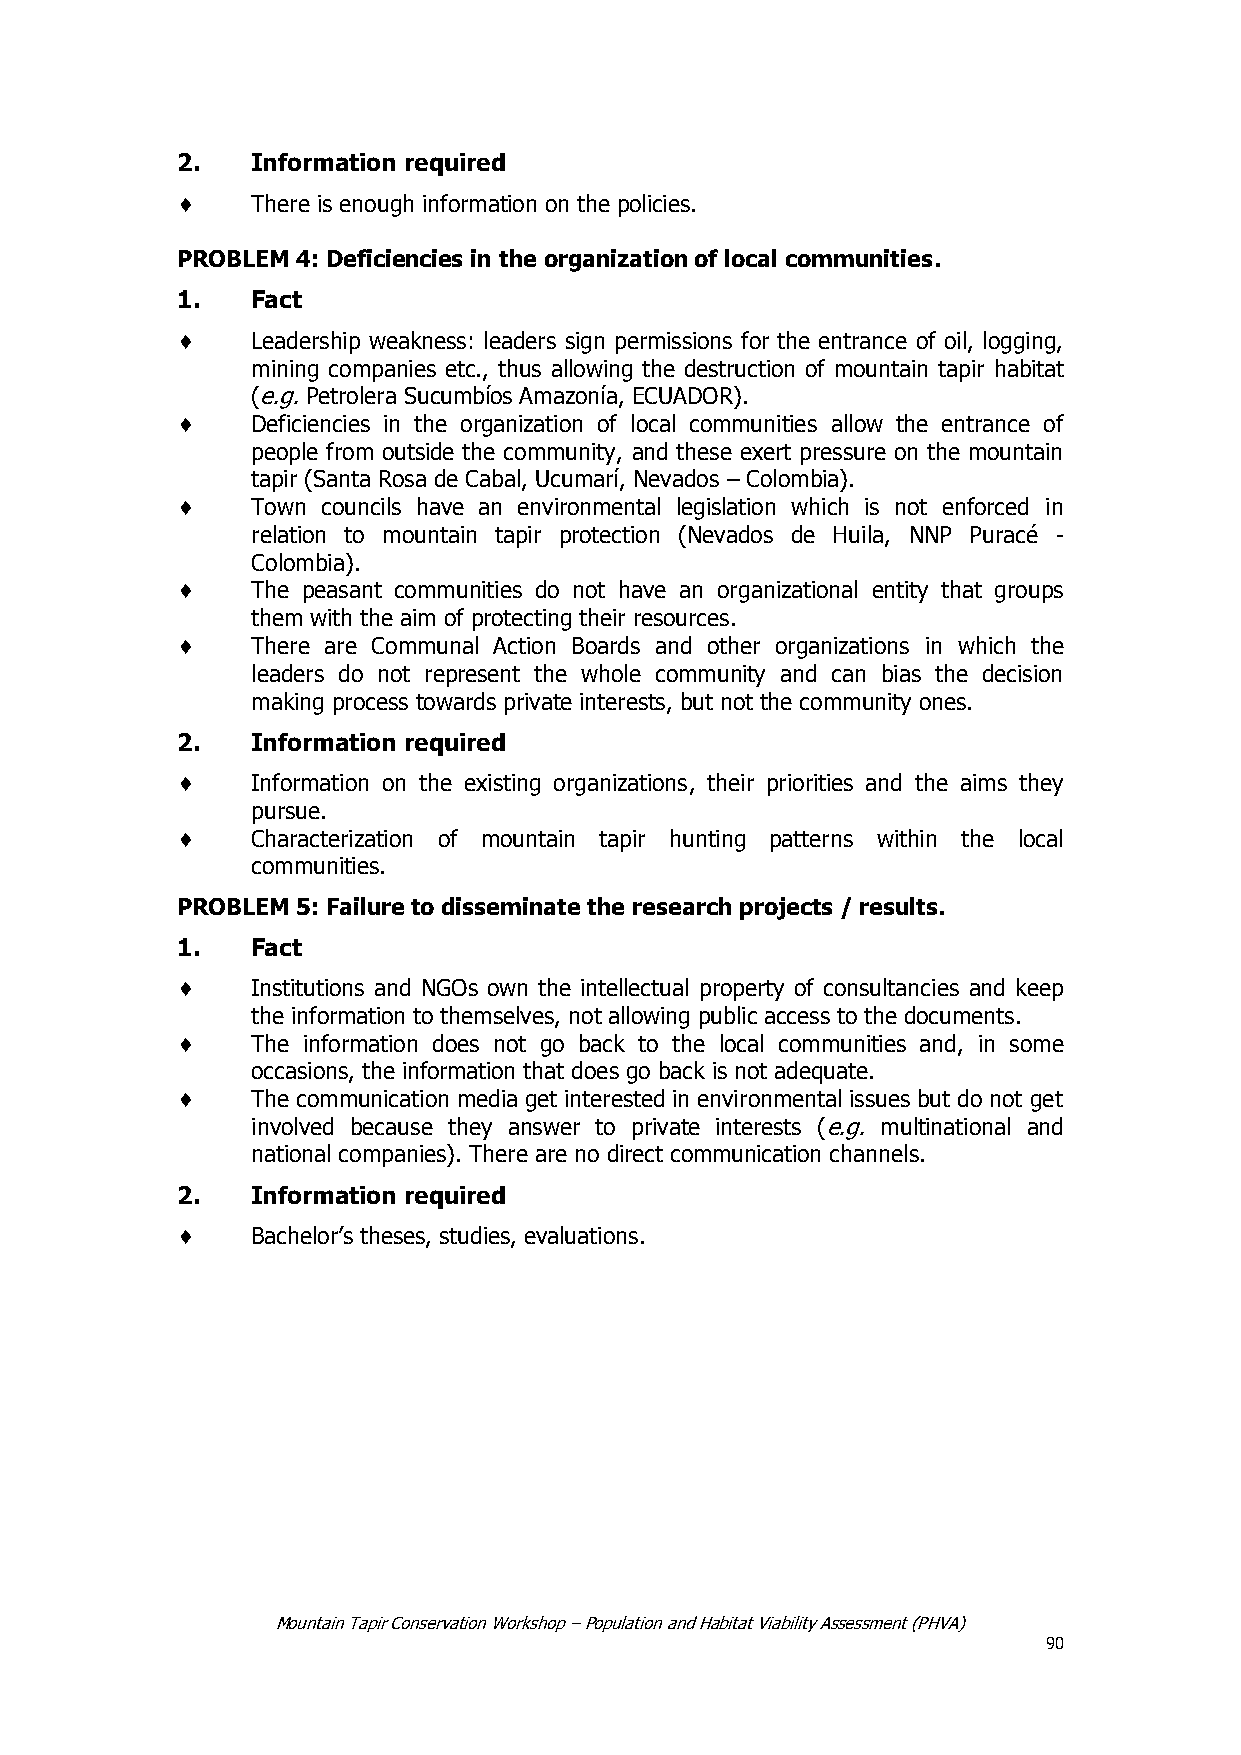
2.   Information required
 There is enough information on the policies.
 PROBLEM 4: Deficiencies in the organization of local communities.
 1.   Fact
 Leadership weakness: leaders sign permissions for the entrance of oil, logging,
 mining companies etc., thus allowing the destruction of mountain tapir habitat
 (e.g. Petrolera Sucumbíos Amazonía, ECUADOR).
 Deficiencies in the organization of local communities allow the entrance of
 people from outside the community, and these exert pressure on the mountain
 tapir (Santa Rosa de Cabal, Ucumarí, Nevados – Colombia).
 Town councils have an environmental legislation which is not enforced in
 relation to mountain tapir protection (Nevados de Huila, NNP Puracé -
 Colombia).
 The peasant communities do not have an organizational entity that groups
 them with the aim of protecting their resources.
 There are Communal Action Boards and other organizations in which the
 leaders do not represent the whole community and can bias the decision
 making process towards private interests, but not the community ones.
 2.   Information required
 Information on the existing organizations, their priorities and the aims they
 pursue.
 Characterization of mountain tapir hunting patterns within the local
 communities.
 PROBLEM 5: Failure to disseminate the research projects / results.
 1.   Fact
 Institutions and NGOs own the intellectual property of consultancies and keep
 the information to themselves, not allowing public access to the documents.
 The information does not go back to the local communities and, in some
 occasions, the information that does go back is not adequate.
 The communication media get interested in environmental issues but do not get
 involved because they answer to private interests (e.g. multinational and
 national companies). There are no direct communication channels.
 2.   Information required
 Bachelor’s theses, studies, evaluations.
 Mountain Tapir Conservation Workshop – Population and Habitat Viability Assessment (PHVA)
 90